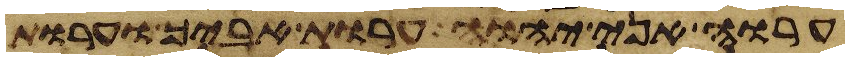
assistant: ערוה אני יהוה ערות אביך וערות